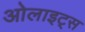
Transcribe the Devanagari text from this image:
ओलाइट्स